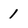
Character: 1